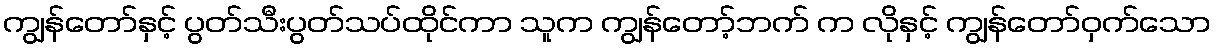
ကျွန်တော်နှင့် ပွတ်သီးပွတ်သပ်ထိုင်ကာ သူက ကျွန်တော့်ဘက် က လိုနှင့် ကျွန်တော်ဝှက်သော